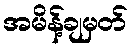
အမိန့်ချမှတ်